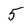
Character: 5